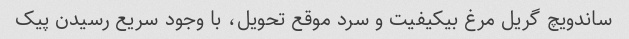
ساندویچ گریل مرغ بی‎کیفیت و سرد موقع تحویل، با وجود سریع رسیدن پیک